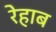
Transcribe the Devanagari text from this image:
रेहाब